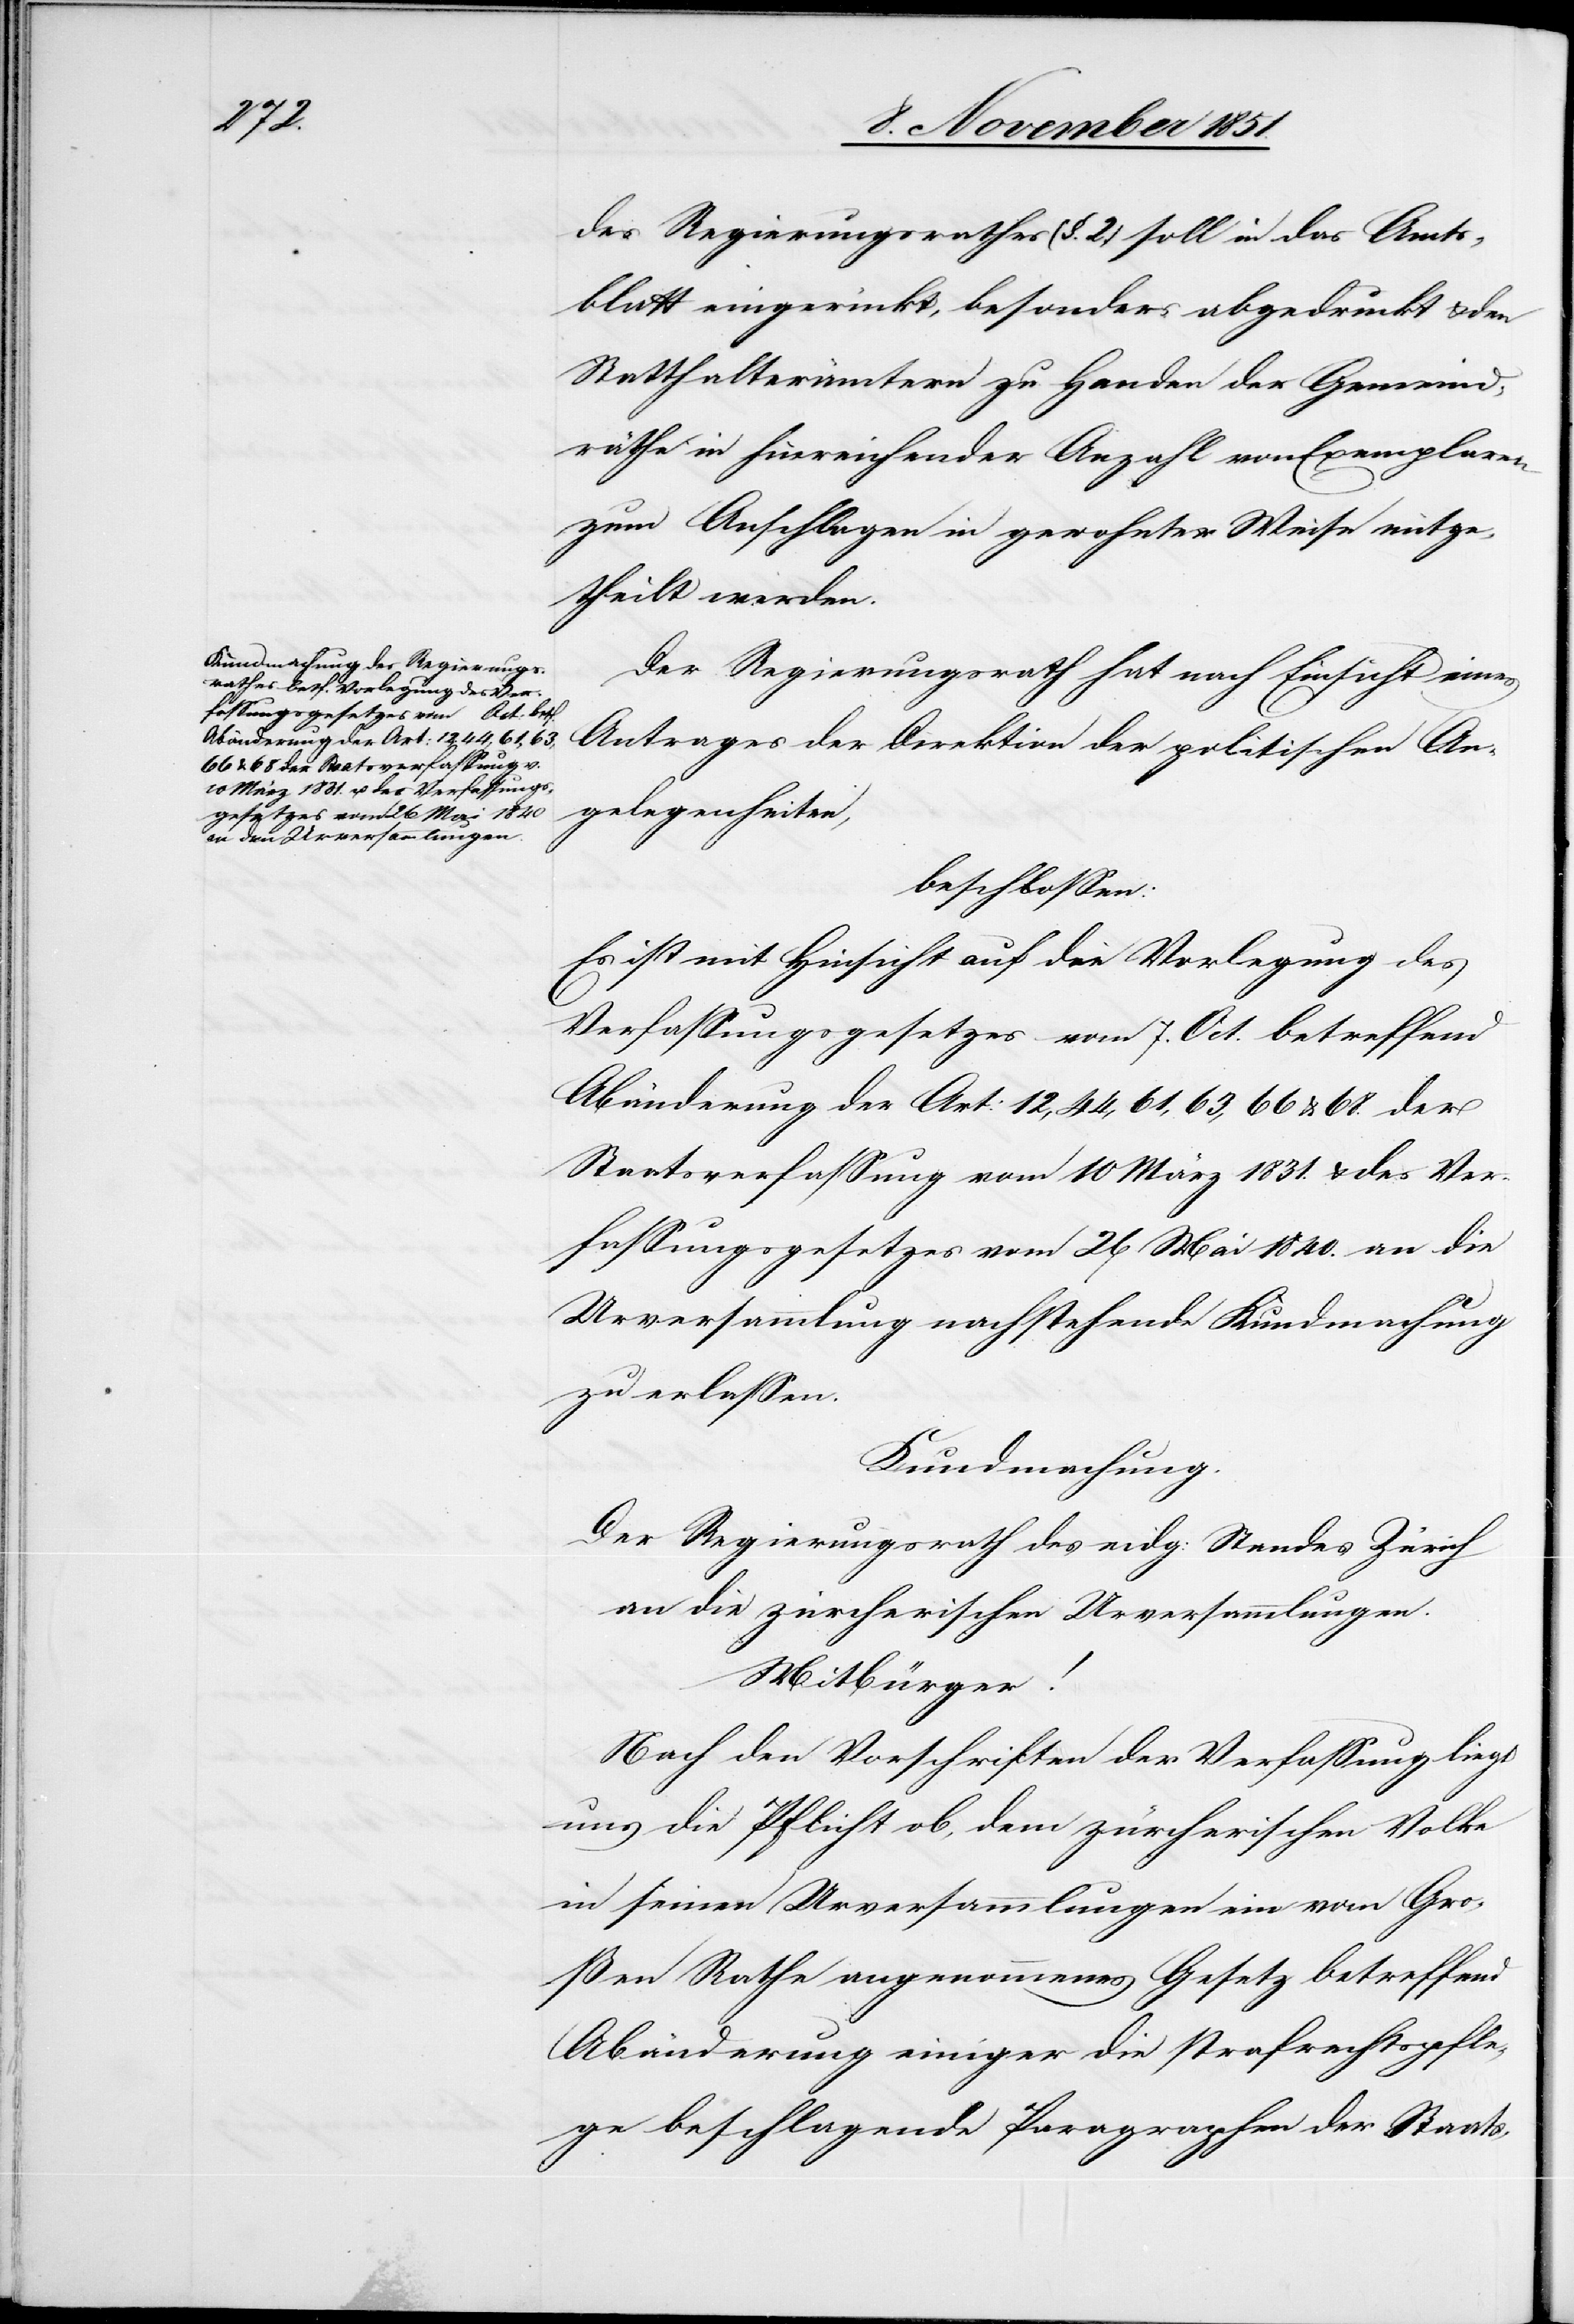
des Regierungsrathes (§. 2.) soll in das Amts¬
blatt eingerückt, besonders abgedruckt & den
Statthalterämtern zu Handen der Gemeind¬
räthe in hinreichender Anzahl von Exemplaren
zum Anschlagen in gewohnter Weise mitge¬
theilt werden.
Der Regierungsrath hat nach Einsicht eines
Antrages der Direktion der politischen An¬
gelegenheiten,
beschlossen:
Es ist mit Hinsicht auf die Vorlegung des
Verfassungsgesetzes vom 7. Oct. betreffend
Abänderung der Art: 12, 44, 61, 63, 66 & 68. der
Staatsverfassung vom 10 März 1831. & des Ver¬
fassungsgesetzes vom 26 Mai 1840. an die
Urversammlung nachstehende Kundmachung
zu erlassen.
Kundmachung.
Der Regierungsrath des eidg: Standes Zürich
an die zürcherischen Urversammlungen.
Mitbürger!
Nach den Vorschriften der Verfassung liegt
uns die Pflicht ob, dem zürcherischen Volke
in seinen Urversammlungen ein vom Gro¬
ßen Rathe angenommenes Gesetz betreffend
Abänderung einiger die strafrechtspflege
beschlagende Paragraphen der Staats-